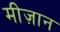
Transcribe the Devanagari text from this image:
मीज़ान